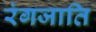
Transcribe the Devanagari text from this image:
रंगजाति